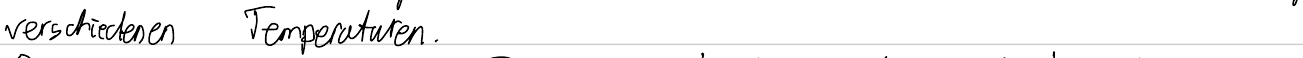
verschiedenen Temperaturen.